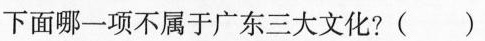
下面哪一项不属于广东三大文化？()